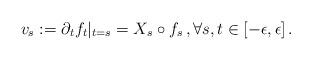
LaTeX: \begin{align*}v_s:=\partial_t f_t|_{t=s}=X_s \circ f_s \, , \forall s, t \in [-\epsilon,\epsilon] \, .\end{align*}